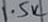
Text: 1.5K